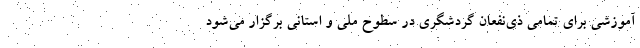
آموزشی برای تمامی ذی‌نفعان گردشگری در سطوح ملی و استانی برگزار می‌شود